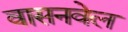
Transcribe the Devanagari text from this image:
वासनवेल